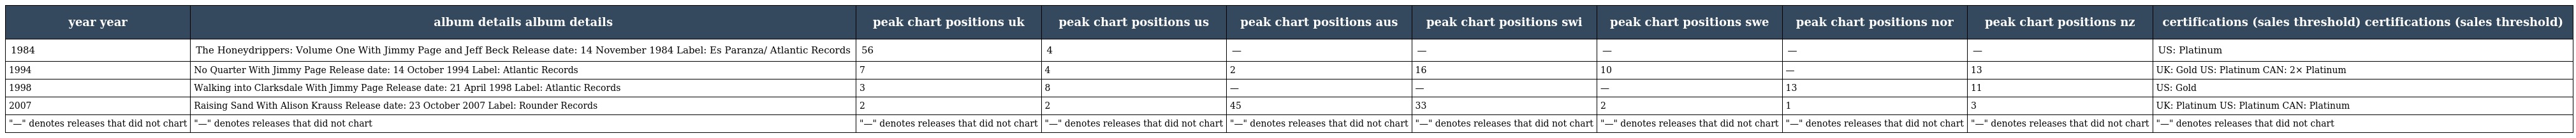
| year year | album details album details | peak chart positions uk | peak chart positions us | peak chart positions aus | peak chart positions swi | peak chart positions swe | peak chart positions nor | peak chart positions nz | certifications (sales threshold) certifications (sales threshold) |
 | --- | --- | --- | --- | --- | --- | --- | --- | --- | --- |
 | 1984 | The Honeydrippers: Volume One With Jimmy Page and Jeff Beck Release date: 14 November 1984 Label: Es Paranza/ Atlantic Records | 56 | 4 | — | — | — | — | — | US: Platinum |
 | 1994 | No Quarter With Jimmy Page Release date: 14 October 1994 Label: Atlantic Records | 7 | 4 | 2 | 16 | 10 | — | 13 | UK: Gold US: Platinum CAN: 2× Platinum |
 | 1998 | Walking into Clarksdale With Jimmy Page Release date: 21 April 1998 Label: Atlantic Records | 3 | 8 | — | — | — | 13 | 11 | US: Gold |
 | 2007 | Raising Sand With Alison Krauss Release date: 23 October 2007 Label: Rounder Records | 2 | 2 | 45 | 33 | 2 | 1 | 3 | UK: Platinum US: Platinum CAN: Platinum |
 | "—" denotes releases that did not chart | "—" denotes releases that did not chart | "—" denotes releases that did not chart | "—" denotes releases that did not chart | "—" denotes releases that did not chart | "—" denotes releases that did not chart | "—" denotes releases that did not chart | "—" denotes releases that did not chart | "—" denotes releases that did not chart | "—" denotes releases that did not chart |